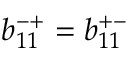
b _ { 1 1 } ^ { - + } = b _ { 1 1 } ^ { + - }